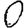
Digit: 0